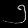
Digit: ၅